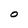
Character: 0